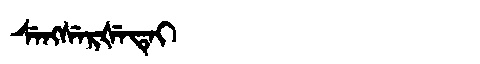
Manchu: ᠰᡝᠩᠰᡝᡵᡧᡝᡨᡝᡳ
Romanization: SENGSERŠETEI